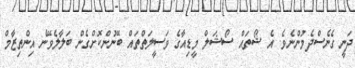
ދަނީ ގެނެސްދެމުންނެވެ. އެ ޝޯތައް ސޯޝަލް މީޑިއާގެ ވަސީލަތްތައް ބޭނުންކޮށްގެން ބަލާލެވޭނެ އިންތިޒާމް